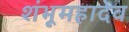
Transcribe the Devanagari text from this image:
शंभूमहादेव